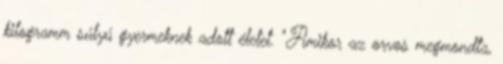
kilogramm súlyú gyermeknek adott életet. "Amikor az orvos megmondta,